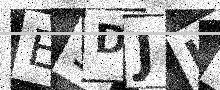
Text: E9DJH2